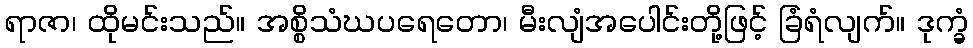
ရာဇာ၊ ထိုမင်းသည်။ အစ္စိသံဃပရေတော၊ မီးလျံအပေါင်းတို့ဖြင့် ခြံရံလျက်။ ဒုက္ခံ